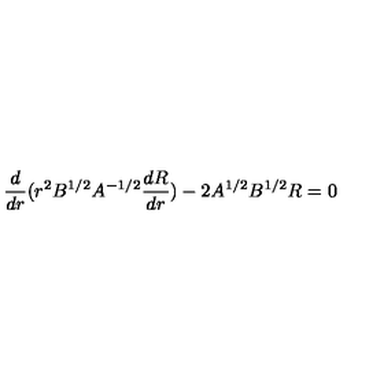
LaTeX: \frac { d } { d r } ( r ^ { 2 } B ^ { 1 / 2 } A ^ { - 1 / 2 } \frac { d R } { d r } ) - 2 A ^ { 1 / 2 } B ^ { 1 / 2 } R = 0